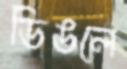
ডিঙলে